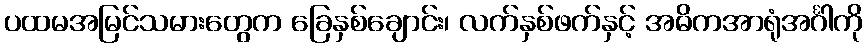
ပထမအမြင်သမားတွေက ခြေနှစ်ချောင်း၊ လက်နှစ်ဖက်နှင့် အဓိကအာရုံအင်္ဂါကို